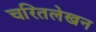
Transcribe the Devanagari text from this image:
चरितलेखन